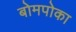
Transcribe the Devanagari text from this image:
बोमपोका